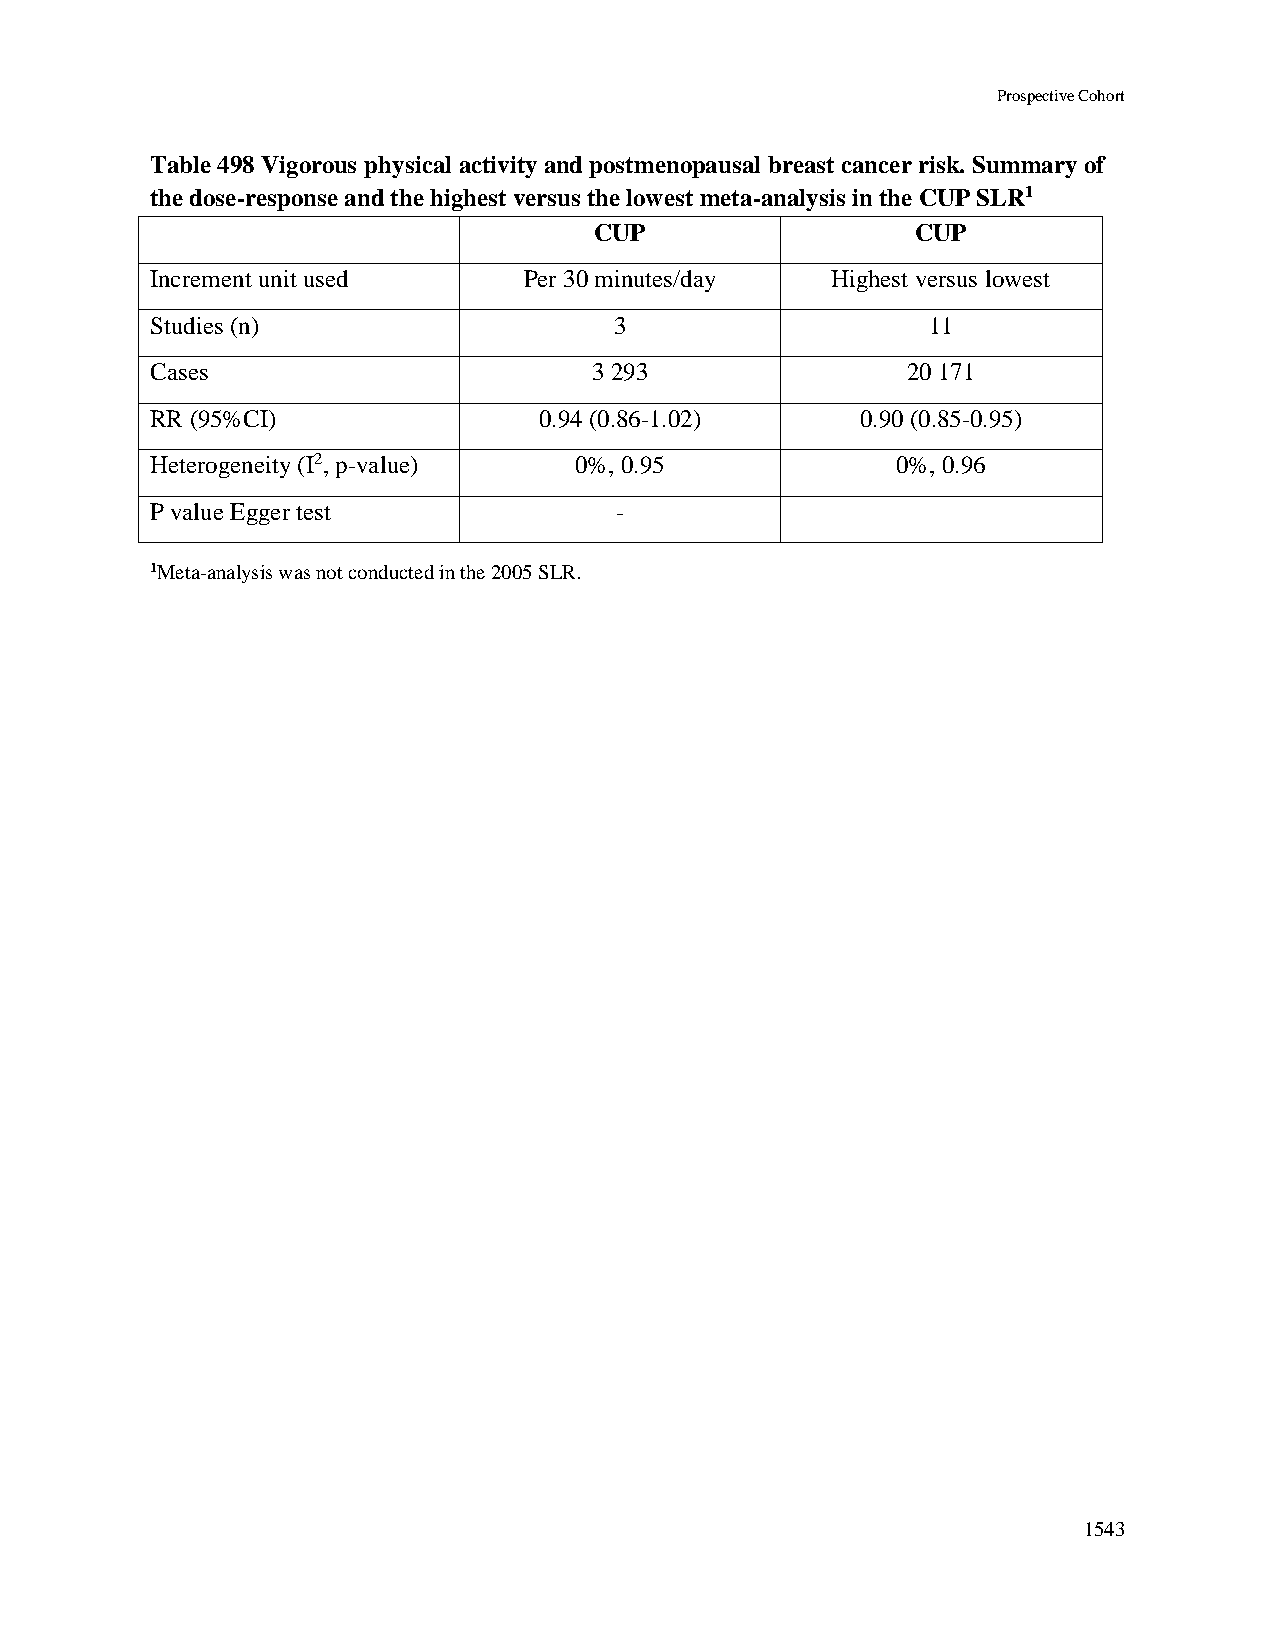
Prospective Cohort
 Table 498 Vigorous physical activity and postmenopausal breast cancer risk. Summary of
 the dose-response and the highest versus the lowest meta-analysis in the CUP SLR1
 CUP                   CUP
 Increment unit used      Per 30 minutes/day  Highest versus lowest
 Studies (n)                    3                   11
 Cases                        3 293                20 171
 RR (95%CI)                0.94 (0.86-1.02)     0.90 (0.85-0.95)
 Heterogeneity (I2, p-value) 0%, 0.95             0%, 0.96
 P value Egger test             -
 1Meta-analysis was not conducted in the 2005 SLR.
 1543